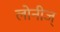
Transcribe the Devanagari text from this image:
लोनीज्